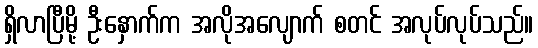
ရှိလာပြီမို့ ဦးနှောက်က အလိုအလျောက် စတင် အလုပ်လုပ်သည်။